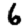
Digit: 6